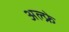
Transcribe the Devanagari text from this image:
अल्फ्रे